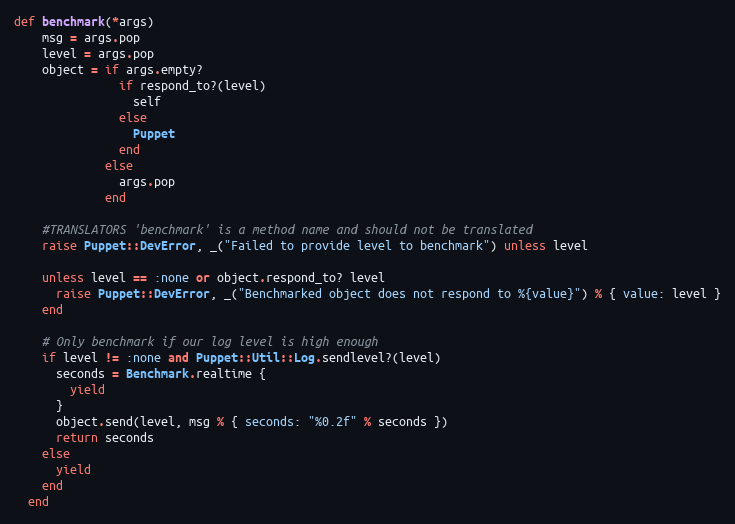
Language: Ruby
def benchmark(*args)
    msg = args.pop
    level = args.pop
    object = if args.empty?
               if respond_to?(level)
                 self
               else
                 Puppet
               end
             else
               args.pop
             end

    #TRANSLATORS 'benchmark' is a method name and should not be translated
    raise Puppet::DevError, _("Failed to provide level to benchmark") unless level

    unless level == :none or object.respond_to? level
      raise Puppet::DevError, _("Benchmarked object does not respond to %{value}") % { value: level }
    end

    # Only benchmark if our log level is high enough
    if level != :none and Puppet::Util::Log.sendlevel?(level)
      seconds = Benchmark.realtime {
        yield
      }
      object.send(level, msg % { seconds: "%0.2f" % seconds })
      return seconds
    else
      yield
    end
  end